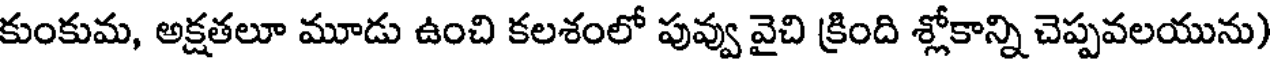
కుంకుమ, అక్షతలూ మూడు ఉంచి కలశంలో పువ్వు వైచి క్రింది శ్లోకాన్ని చెప్పవలయును)